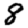
Digit: 8